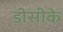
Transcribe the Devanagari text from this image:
डीसीके